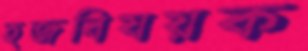
হজবিষয়ক